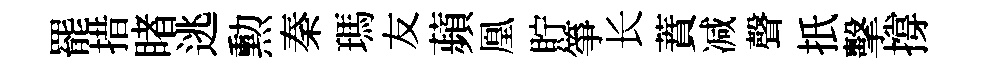
罷措睹逃勲秦瑪友蘋凰貯箏长蕡减聲扺擊撐